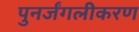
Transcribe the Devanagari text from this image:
पुनर्जंगलीकरण